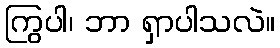
ကြွပါ၊ ဘာ ရှာပါသလဲ။